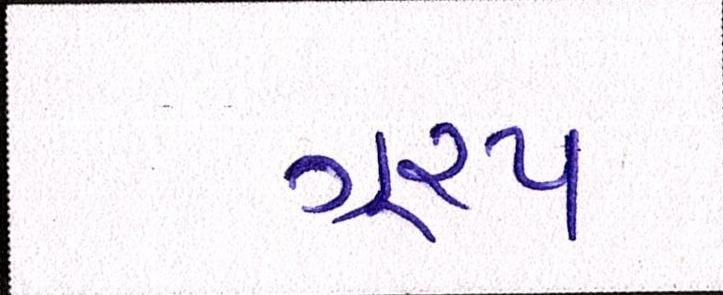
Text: ગૂ્રપ